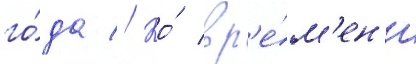
го́да // Ко́ вр'е́м'ен'и